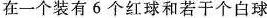
在一个装有6个红球和若干个白球